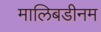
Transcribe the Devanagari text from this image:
मालिबडीनम